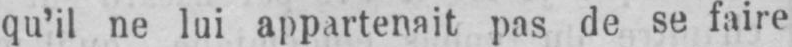
qu’il ne lui appartenait pas de se faire